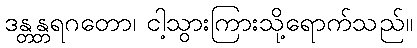
ဒန္တန္တရဂတော၊ ငါ့သွားကြားသို့ရောက်သည်။